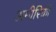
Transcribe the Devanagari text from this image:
अमीरिकी